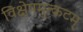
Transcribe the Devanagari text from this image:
विक्षेपमुत्कटम्